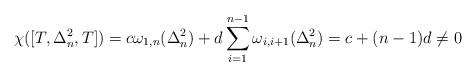
LaTeX: \begin{align*}\chi([T,\Delta_n^2,T]) = c\omega_{1,n}(\Delta_n^2) + d\sum_{i=1}^{n-1}\omega_{i,i+1}(\Delta_n^2) = c+(n-1)d \ne 0 \end{align*}